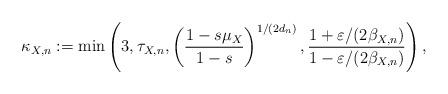
LaTeX: \begin{align*} \kappa_{X,n} := \min\left( 3, \tau_{X,n} , \left( \frac{1-s\mu_X}{1-s} \right)^{1/(2d_n)}, \frac{1+\varepsilon/(2\beta_{X,n})}{1-\varepsilon/(2\beta_{X,n})}\right),\end{align*}